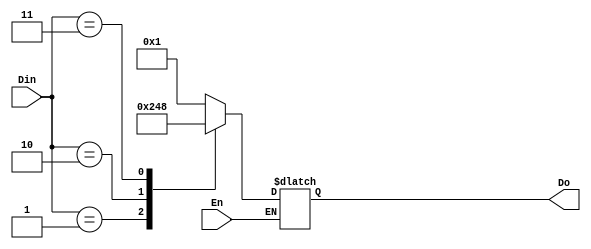
module decoder_case(Do, Din, En);
	input En;
	input [1:0] Din;
	output [3:0]Do;
	reg [3:0]Do;
		always @ (En or Din)
		begin
			if (En)
			begin
				case (Din)
			                2'b00: Do = 4'b0001;
			                2'b01: Do = 4'b0010;
			                2'b10: Do = 4'b0100;
			                2'b11: Do = 4'b1000;
					default: Do=4'bzzzz;
				endcase
			end
		end
endmodule

module decoder_tb_v;
	reg [1:0] Din;
	reg En;
	wire [3:0] Do;
	decoder_case obj(Do,Din,En);
	initial 
	begin
		$dumpfile("dec_test.vcd");
		$dumpvars(0,decoder_tb_v);
        	En = 1; 
	        Din = 2'b00; #100;
        	Din = 2'b01; #100;
	        Din = 2'b10; #100;
        	Din = 2'b11; #100;
	end
endmodule